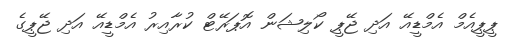
ޕީޕީއެމް އެމްޑީއޭ އަދި ޖޭޕީ ކޯލިޝަން އޮޕަރޭޓް ކުރާއިރު އެމްޑީއޭ އަދި ޖޭޕީގެ